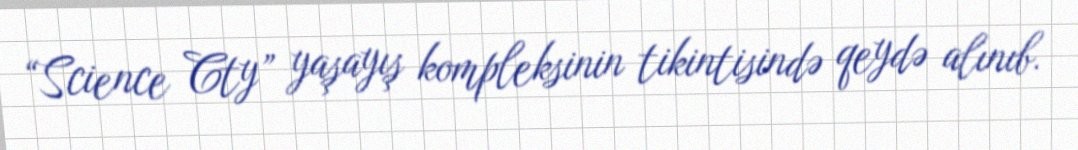
“Science Cty” yaşayış kompleksinin tikintisində qeydə alınıb.